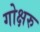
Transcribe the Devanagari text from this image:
गोक्षरु